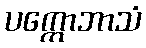
ပက္ကောဘာသံ